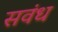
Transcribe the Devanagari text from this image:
सवंध